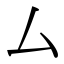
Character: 厶